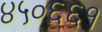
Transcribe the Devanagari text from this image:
४५०६६१